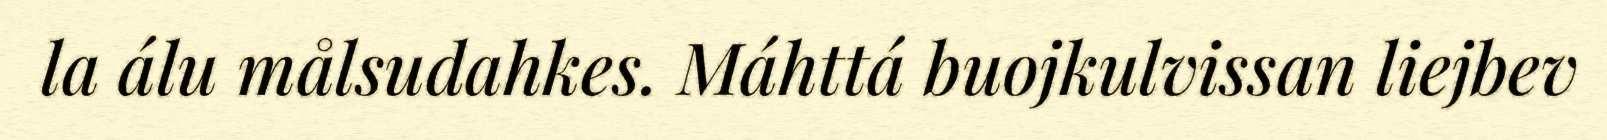
la álu målsudahkes. Máhttá buojkulvissan liejbev